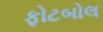
ફોટબોલ